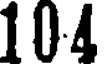
104